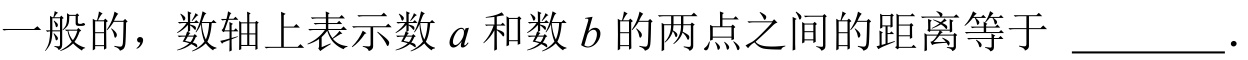
一般的，数轴上表示数\(a\)和数\(b\)的两点之间的距离等于 \(\underline{\quad\quad}\).